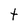
Character: t